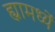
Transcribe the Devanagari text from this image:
ह्यामध्यें